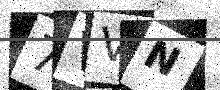
Text: 7VVN